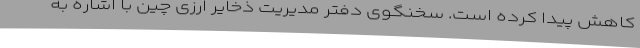
کاهش پیدا کرده است. سخنگوی دفتر مدیریت ذخایر ارزی چین با اشاره به